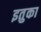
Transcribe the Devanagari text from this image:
इतुका